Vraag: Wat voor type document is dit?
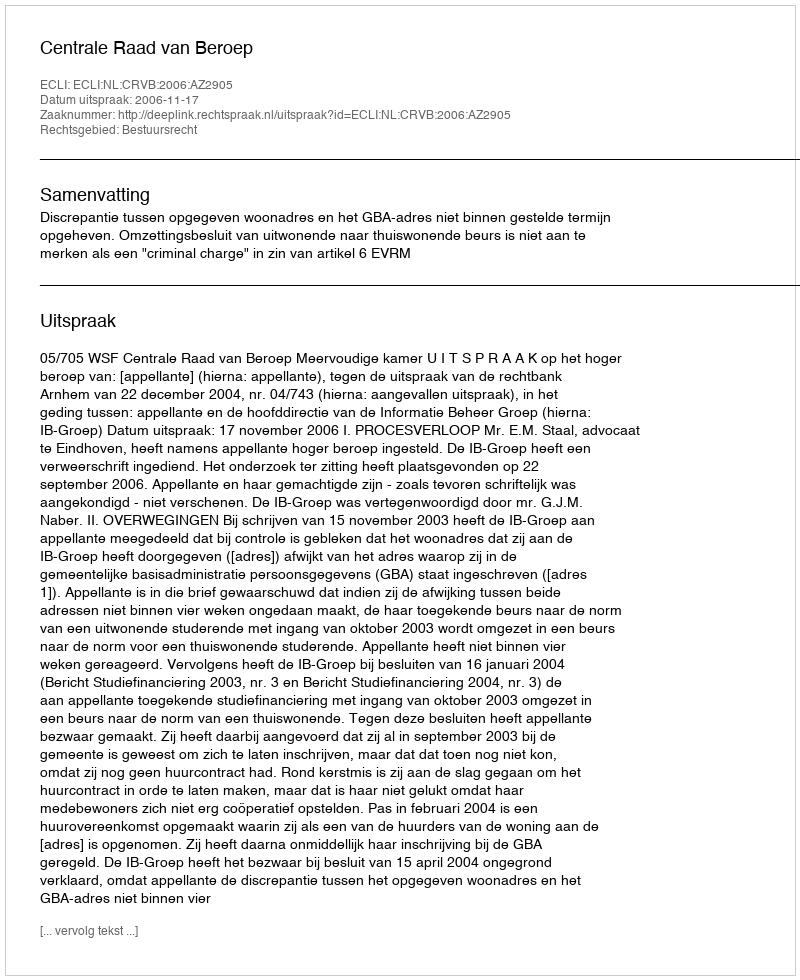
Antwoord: Uitspraak